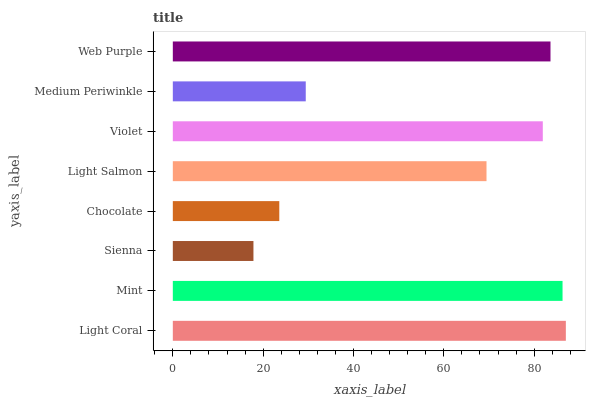
| yaxis_label | bars |
 | --- | --- |
 | Light Coral | 87 |
 | Mint | 86.3 |
 | Sienna | 17.9 |
 | Chocolate | 23.6 |
 | Light Salmon | 69.5 |
 | Violet | 81.9 |
 | Medium Periwinkle | 29.4 |
 | Web Purple | 83.6 |